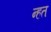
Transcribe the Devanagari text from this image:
न्हत